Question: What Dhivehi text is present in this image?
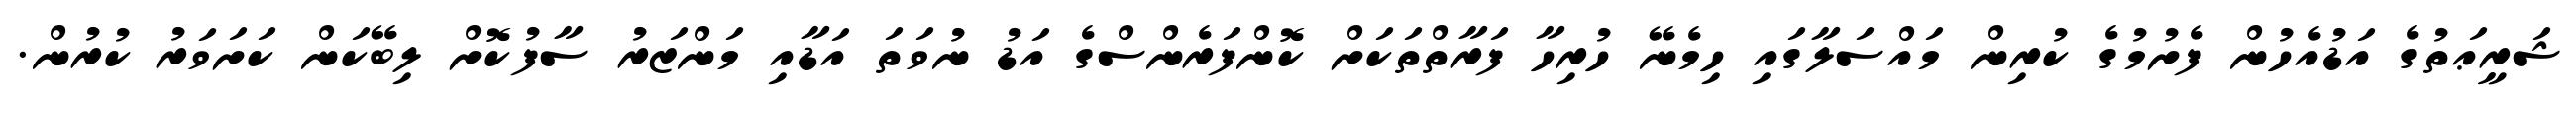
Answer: ޝަރީޢަތުގެ އަޑުއެހުން ފެށުމުގެ ކުރިން މައްސަލާގައި ހިމެނޭ ހުރިހާ ފަރާތްތަކަށް ކޮންފަރެންސްގެ އަޑު ނުވަތަ އަޑާއި މަންޒަރު ސާފުކޮށް ލިބޭކަން ކަށަވަރު ކުރުން.